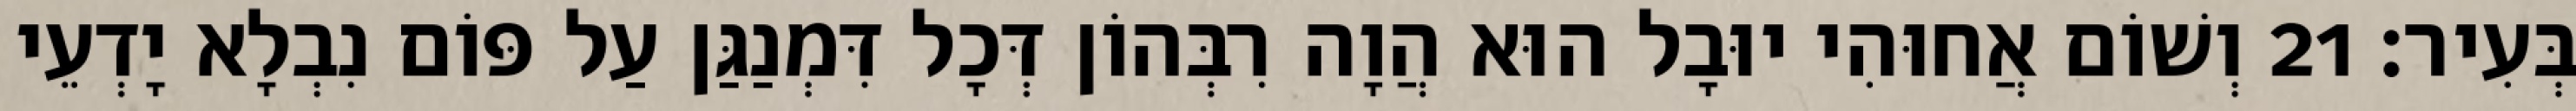
בְּעִיר׃ 21 וְשׁוֹם אֲחוּהִי יוּבָל הוּא הֲוָה רִבְּהוֹן דְּכָל דִּמְנַגַּן עַל פּוֹם נִבְלָא יָדְעֵי